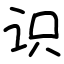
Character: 识